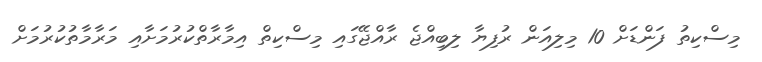
މިސްކިތު ފަންޑަށް 10 މިލިއަން ރުފިޔާ ލިބިއްޖެ ރާއްޖޭގައި މިސްކިތް އިމާރާތްކުރުމަށާއި މަރާމާތުކުރުމަށް